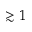
\gtrsim 1